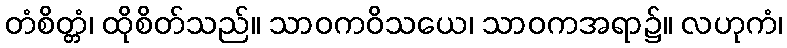
တံစိတ္တံ၊ ထိုစိတ်သည်။ သာဝကဝိသယေ၊ သာဝကအရာ၌။ လဟုကံ၊